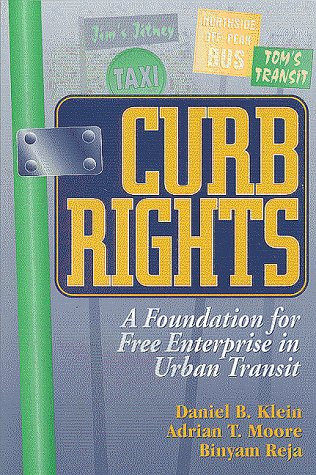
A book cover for Curb Rights: A Foundation for Free Enterprise in Urban Transit; Daniel Klein; Law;